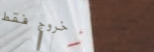
خروج فقط